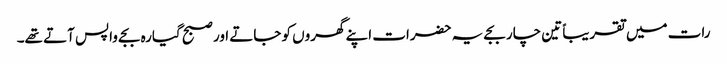
رات میں تقریباً تین چار بجے یہ حضرات اپنے گھروں کو جاتے اور صبح گیارہ بجے واپس آتے تھے۔